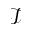
\mathcal { I }